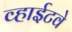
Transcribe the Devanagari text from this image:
व्हाईटवे